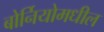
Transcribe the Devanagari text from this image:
बोर्नियोमधील